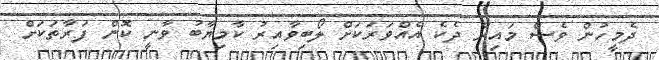
ދެމީހުން ވެސް މައިރާ ދެކެ އެއްވަރަކަށް ލޯބިވާއިރު ކާމިޔާބު ވާނީ ކޮން ފަރާތަކަށް